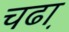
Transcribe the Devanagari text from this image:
चढा़